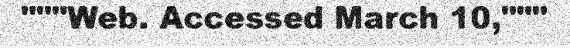
"""Web. Accessed March 10,"""